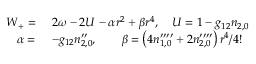
\begin{array} { r l } { W _ { + } = } & { \ 2 \omega - 2 U - \alpha r ^ { 2 } + \beta r ^ { 4 } , \quad U = 1 - g _ { 1 2 } n _ { 2 , 0 } } \\ { \alpha = } & { \ - g _ { 1 2 } n _ { 2 , 0 } ^ { \prime \prime } , \qquad \beta = \left( 4 n _ { 1 , 0 } ^ { \prime \prime \prime \prime } + 2 n _ { 2 , 0 } ^ { \prime \prime \prime \prime } \right) r ^ { 4 } / 4 ! } \end{array}